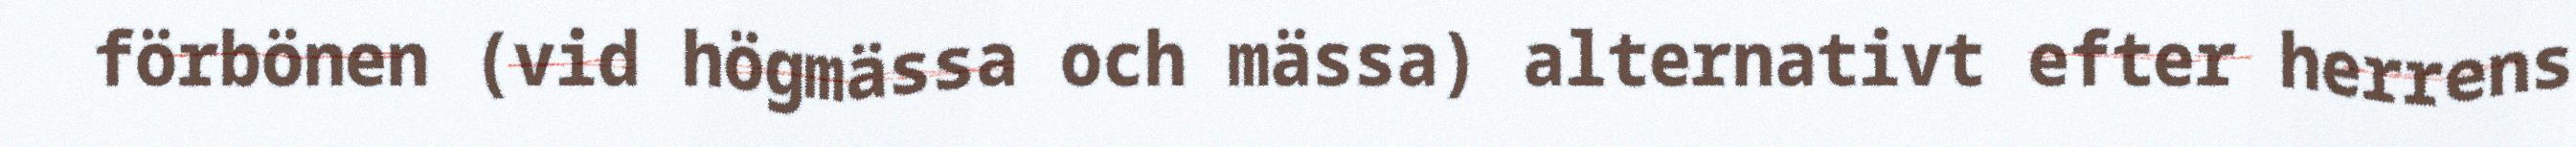
förbönen (vid högmässa och mässa) alternativt efter herrens